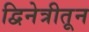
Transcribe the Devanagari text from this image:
द्विनेत्रीतून